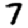
Digit: 7